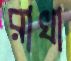
রাখা